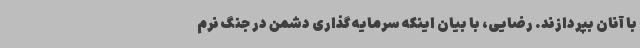
با آنان بپردازند. رضایی، با بیان اینکه سرمایه گذاری دشمن در جنگ نرم